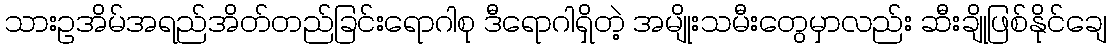
သားဥအိမ်အရည်အိတ်တည်ခြင်းရောဂါစု ဒီရောဂါရှိတဲ့ အမျိုးသမီးတွေမှာလည်း ဆီးချိုဖြစ်နိုင်ချေ